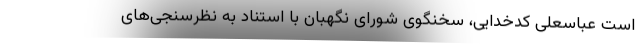
است عباسعلی کدخدایی، سخنگوی شورای نگهبان با استناد به نظرسنجی‌های